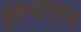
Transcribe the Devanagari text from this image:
लिप्यन्तरम